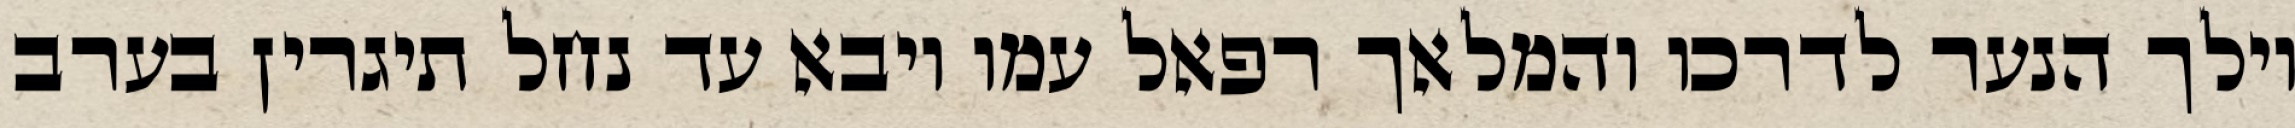
וילך הנער לדרכו והמלאך רפאל עמו ויבא עד נחל תיגרין בערב